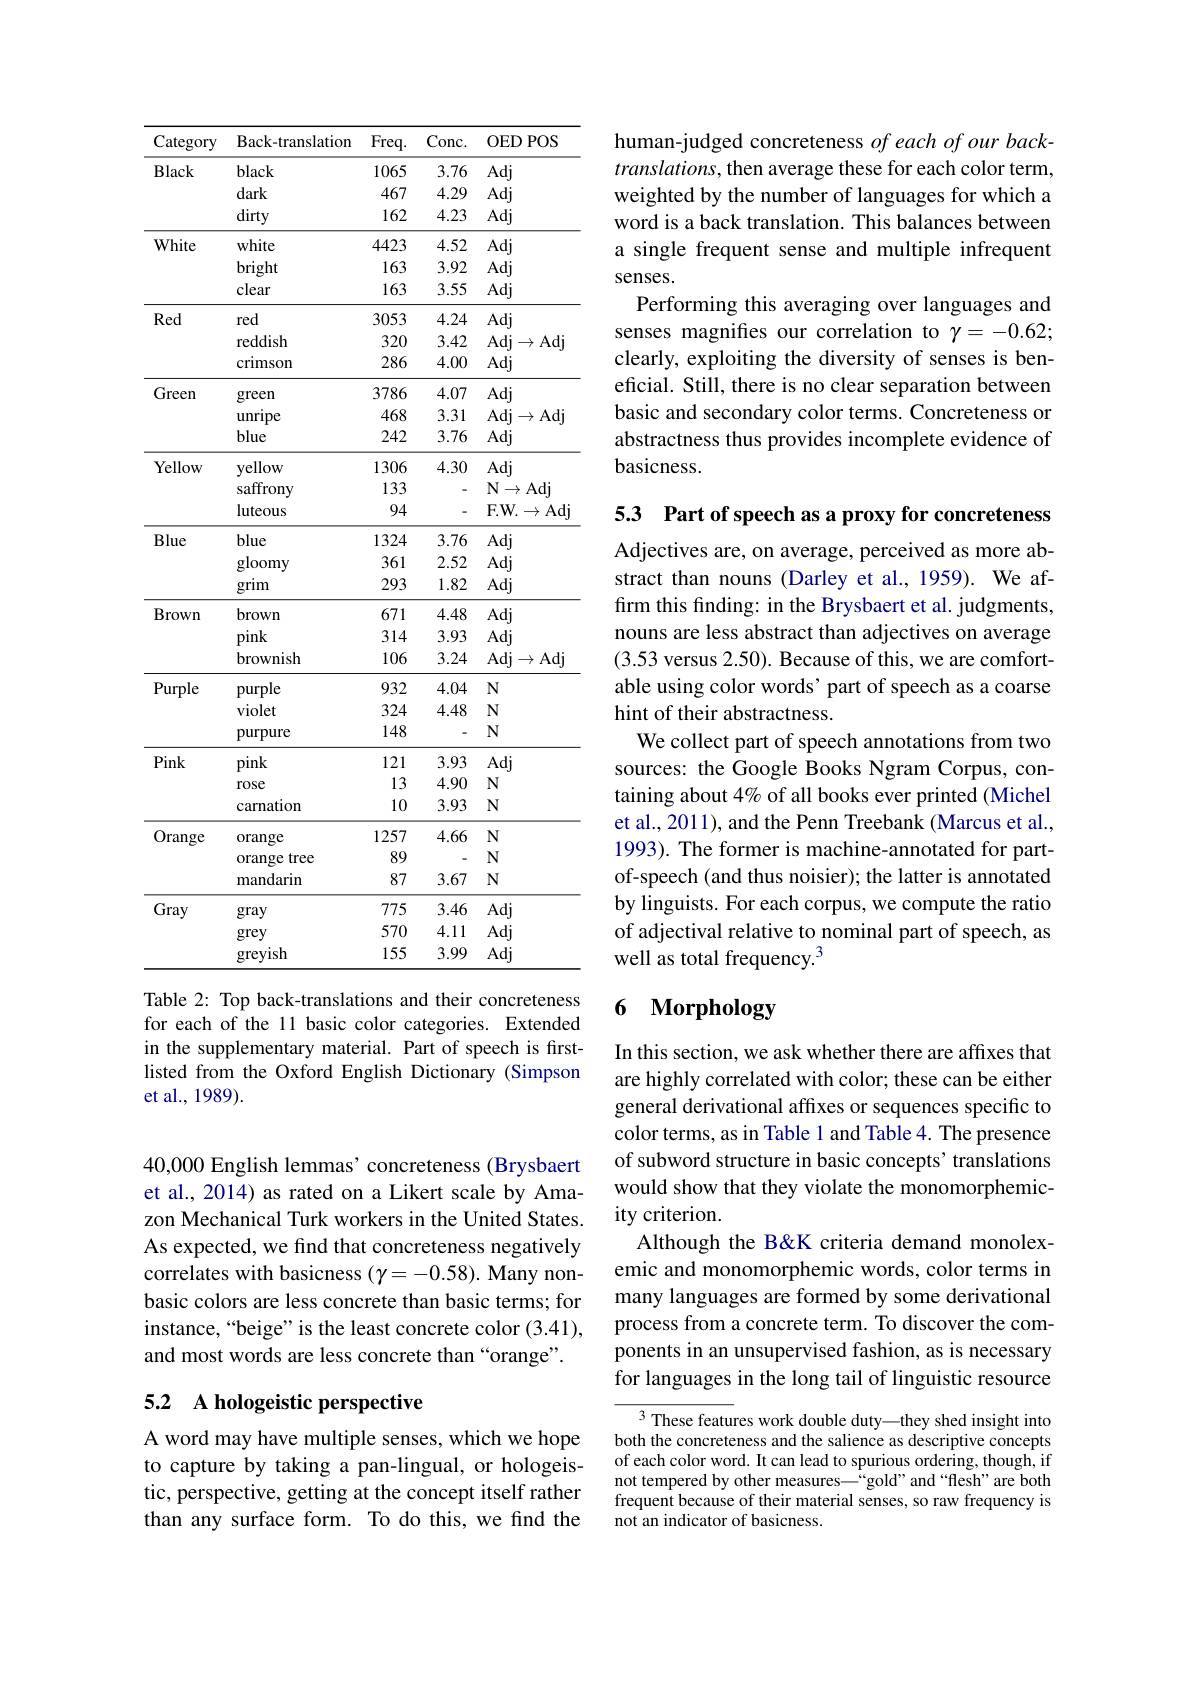
<table>
	<tbody>
		<tr>
			<th>Category</th>
			<th>Back-translation</th>
			<th>Freq.</th>
			<th>Conc. </th>
			<th>OEDPOS</th>
		</tr>
		<tr>
			<td rowspan="3">Black</td>
			<td>black</td>
			<td>1065</td>
			<td>3.76</td>
			<td>Adj</td>
		</tr>
		<tr>
			<td>dark</td>
			<td>467</td>
			<td>4.29</td>
			<td>Adj</td>
		</tr>
		<tr>
			<td>dirty</td>
			<td>162</td>
			<td>4.23</td>
			<td>Adj</td>
		</tr>
		<tr>
			<td rowspan="3">White</td>
			<td>white</td>
			<td>4423</td>
			<td>4.52</td>
			<td>Adj</td>
		</tr>
		<tr>
			<td>bright</td>
			<td>163</td>
			<td>3.92</td>
			<td>Adj</td>
		</tr>
		<tr>
			<td>clear</td>
			<td>163</td>
			<td>3.55</td>
			<td>Adj</td>
		</tr>
		<tr>
			<td rowspan="3">Red</td>
			<td>red</td>
			<td>3053</td>
			<td>4.24</td>
			<td>Adj</td>
		</tr>
		<tr>
			<td>reddish</td>
			<td>320</td>
			<td>3.42</td>
			<td>Adj$\to$Adj</td>
		</tr>
		<tr>
			<td>crimson</td>
			<td>286</td>
			<td>4.00</td>
			<td>Adj</td>
		</tr>
		<tr>
			<td rowspan="2">Green</td>
			<td>green</td>
			<td>3786</td>
			<td>4.07</td>
			<td>Adj</td>
		</tr>
		<tr>
			<td>unripe</td>
			<td>468</td>
			<td>3.31</td>
			<td>Adj$\to$Adj</td>
		</tr>
		<tr>
			<td rowspan="1">Green</td>
			<td>blue</td>
			<td>242</td>
			<td>3.76</td>
			<td>Adj</td>
		</tr>
		<tr>
			<td rowspan="3">Yellow</td>
			<td>yellow</td>
			<td>1306</td>
			<td>4.30</td>
			<td>Adj</td>
		</tr>
		<tr>
			<td>saffrony</td>
			<td>133</td>
			<td> </td>
			<td>$\mathbf{N}\to$Adj</td>
		</tr>
		<tr>
			<td>luteous</td>
			<td>94</td>
			<td> </td>
			<td>F. W. $\to$Adj</td>
		</tr>
		<tr>
			<td rowspan="5">Blue</td>
			<td>blue</td>
			<td>1324</td>
			<td>3.76</td>
			<td>Adj</td>
		</tr>
		<tr>
			<td>DIUC</td>
			<td>$1.9\angle4$</td>
			<td>${\mathcal{D}}./{\mathcal{O}}$</td>
			<td> </td>
		</tr>
		<tr>
			<td>gloomy</td>
			<td>361</td>
			<td>2.52</td>
			<td>Adj</td>
		</tr>
		<tr>
			<td> </td>
			<td>201</td>
			<td>$\angle....\angle$</td>
			<td>1 T</td>
		</tr>
		<tr>
			<td>grim</td>
			<td>293</td>
			<td>1.82</td>
			<td>Adj</td>
		</tr>
		<tr>
			<td> </td>
			<td>2</td>
			<td>$\angle A.$ 1</td>
			<td>$1.0L$</td>
			<td>J</td>
		</tr>
		<tr>
			<td rowspan="4">Brown</td>
			<td>brown</td>
			<td>671</td>
			<td>4.48</td>
			<td>Adj</td>
		</tr>
		<tr>
			<td>Drowm</td>
			<td>0/1</td>
			<td>4.40</td>
			<td> </td>
		</tr>
		<tr>
			<td>pink</td>
			<td>314</td>
			<td>3.93</td>
			<td>Adj</td>
		</tr>
		<tr>
			<td>brownish</td>
			<td>106</td>
			<td>3.24</td>
			<td>Adj$\to$Adj</td>
		</tr>
		<tr>
			<td rowspan="3">Purple</td>
			<td>purple</td>
			<td>932</td>
			<td>4.04</td>
			<td>N</td>
		</tr>
		<tr>
			<td>violet</td>
			<td>324</td>
			<td>4.48</td>
			<td>$N$</td>
		</tr>
		<tr>
			<td>purpure</td>
			<td>148</td>
			<td> </td>
			<td>$N$</td>
		</tr>
		<tr>
			<td rowspan="3">Pink</td>
			<td>pink</td>
			<td>121</td>
			<td>3.93</td>
			<td>Adj</td>
		</tr>
		<tr>
			<td>rose</td>
			<td>13</td>
			<td>4.90</td>
			<td>$N$</td>
		</tr>
		<tr>
			<td>carnation</td>
			<td>10</td>
			<td>3.93</td>
			<td>$N$</td>
		</tr>
		<tr>
			<td rowspan="3">Orange</td>
			<td>orange</td>
			<td>1257</td>
			<td>4.66</td>
			<td>$N$</td>
		</tr>
		<tr>
			<td>orange tree</td>
			<td>89</td>
			<td> </td>
			<td>$N$</td>
		</tr>
		<tr>
			<td>mandarin</td>
			<td>87</td>
			<td>3.67</td>
			<td>$N$</td>
		</tr>
		<tr>
			<td rowspan="3">Gray</td>
			<td>gray</td>
			<td>775</td>
			<td>3.46</td>
			<td>Adj</td>
		</tr>
		<tr>
			<td>grey</td>
			<td>570</td>
			<td>4.11</td>
			<td>Adj</td>
		</tr>
		<tr>
			<td>greyish</td>
			<td>155</td>
			<td>3.99</td>
			<td>Adj</td>
		</tr>
	</tbody>
</table>
Table 2: Top back-translations and their concreteness

for each of the 11 basic color categories. Extended in the supplementary material. Part of speech is firstlisted from the Oxford English Dictionary (Simpson et al., 1989).

40,000 English lemmas' concreteness (Brysbaert et al., 2014) as rated on a Likert scale by Amazon Mechanical Turk workers in the United States. As expected, we find that concreteness negatively correlates with basicness $(\gamma=-0.58).$ Many nonbasic colors are less concrete than basic terms; for instance,“beige” is the least concrete color (3.41), and most words are less concrete than “orange”.

# 5.2 A hologeistic perspective

A word may have multiple senses, which we hope to capture by taking a pan-lingual, or hologeistic, perspective, getting at the concept itself rather than any surface form. To do this, we find the

human-judged concreteness of each of our back- $translations$, then average these for each color term, weighted by the number of languages for which a word is a back translation. This balances between a single frequent sense and multiple infrequent senses.
Performing this averaging over languages and senses magnifies our correlation to $\gamma=-0.62;$ clearly, exploiting the diversity of senses is beneficial. Still, there is no clear separation between basic and secondary color terms. Concreteness or abstractness thus provides incomplete evidence of basicness.

53 Part of speech as a proxy for concreteness

Adjectives are, on average, perceived as more abstract than nouns (Darley et al., 1959). We affirm this finding: in the Brysbaert et al. judgments, nouns are less abstract than adjectives on average (3.53 versus 2.50). Because of this, we are comfortable using color words' part of speech as a coarse hint of their abstractness.
We collect part of speech annotations from two sources: the Google Books Ngram Corpus, containing about 4% of all books ever printed (Michel et al., 2011), and the Penn Treebank (Marcus et al., 1993). The former is machine-annotated for partof-speech (and thus noisier); the latter is annotated by linguists. For each corpus, we compute the ratio of adjectival relative to nominal part of speech, as well as total frequency.$^{3}$

## 6 Morphology

In this section, we ask whether there are affxes that are highly correlated with color; these can be either general derivational affixes or sequences specific to color terms, as in Table 1 and Table 4. The presence of subword structure in basic concepts' translations would show that they violate the monomorphemicity criterion.
Although the B&K criteria demand monolexemic and monomorphemic words, color terms in many languages are formed by some derivational process from a concrete term. To discover the components in an unsupervised fashion, as is necessary for languages in the long tail of linguistic resource

${\overline{{^3}\text{These featur}}}$es work double duty—they shed insight into both the concreteness and the salience as descriptive concepts of each color word. It can lead to spurious ordering, though, if not tempered by other measures—“gold”and“flesh”are both frequent because of their material senses, so raw frequency is not an indicator of basicness.